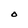
Character: O